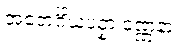
အဘေင်္ဂိယပဥှာ ဝဏ္ဏနာ။